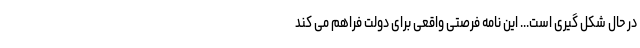
در حال شکل گیری است... این نامه فرصتی واقعی برای دولت فراهم می کند